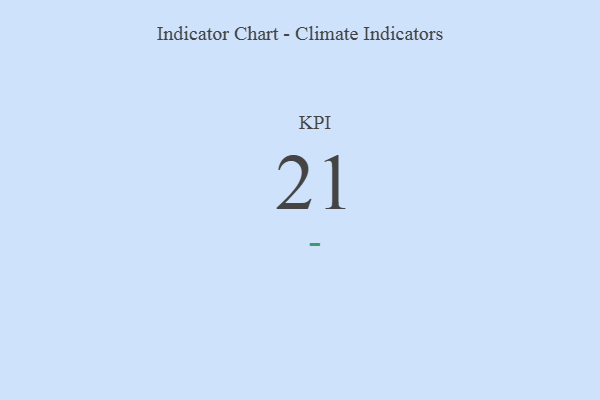
{"axis": {"x": "KPI", "y": "Value"}, "legend": [""], "data": [{"x": "KPI", "y": 21, "type": ""}]}